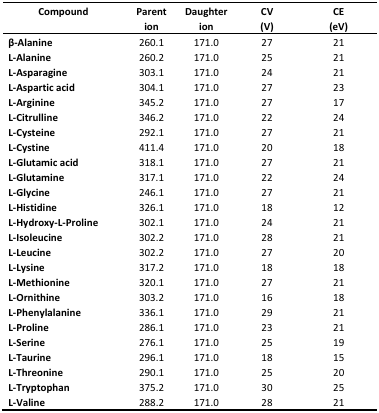
<table><thead><tr><td><b>Compound </b></td><td><b>Parent ion</b></td><td><b>Daughter ion</b></td><td><b>CV (V)</b></td><td><b>CE (eV)</b></td></tr></thead><tbody><tr><td><b>β-Alanine</b></td><td>260.1</td><td>171.0</td><td>27</td><td>21</td></tr><tr><td><b>L-Alanine</b></td><td>260.2</td><td>171.0</td><td>25</td><td>21</td></tr><tr><td><b>L-Asparagine</b></td><td>303.1</td><td>171.0</td><td>24</td><td>21</td></tr><tr><td><b>L-Aspartic acid</b></td><td>304.1</td><td>171.0</td><td>27</td><td>23</td></tr><tr><td><b>L-Arginine</b></td><td>345.2</td><td>171.0</td><td>27</td><td>17</td></tr><tr><td><b>L-Citrulline</b></td><td>346.2</td><td>171.0</td><td>22</td><td>24</td></tr><tr><td><b>L-Cysteine</b></td><td>292.1</td><td>171.0</td><td>27</td><td>21</td></tr><tr><td><b>L-Cystine</b></td><td>411.4</td><td>171.0</td><td>20</td><td>18</td></tr><tr><td><b>L-Glutamic acid</b></td><td>318.1</td><td>171.0</td><td>27</td><td>21</td></tr><tr><td><b>L-Glutamine</b></td><td>317.1</td><td>171.0</td><td>22</td><td>24</td></tr><tr><td><b>L-Glycine</b></td><td>246.1</td><td>171.0</td><td>27</td><td>21</td></tr><tr><td><b>L-Histidine</b></td><td>326.1</td><td>171.0</td><td>18</td><td>12</td></tr><tr><td><b>L-Hydroxy-L-Proline</b></td><td>302.1</td><td>171.0</td><td>24</td><td>21</td></tr><tr><td><b>L-Isoleucine</b></td><td>302.2</td><td>171.0</td><td>28</td><td>21</td></tr><tr><td><b>L-Leucine</b></td><td>302.2</td><td>171.0</td><td>27</td><td>20</td></tr><tr><td><b>L-Lysine</b></td><td>317.2</td><td>171.0</td><td>18</td><td>18</td></tr><tr><td><b>L-Methionine</b></td><td>320.1</td><td>171.0</td><td>27</td><td>21</td></tr><tr><td><b>L-Ornithine</b></td><td>303.2</td><td>171.0</td><td>16</td><td>18</td></tr><tr><td><b>L-Phenylalanine</b></td><td>336.1</td><td>171.0</td><td>29</td><td>21</td></tr><tr><td><b>L-Proline</b></td><td>286.1</td><td>171.0</td><td>23</td><td>21</td></tr><tr><td><b>L-Serine</b></td><td>276.1</td><td>171.0</td><td>25</td><td>19</td></tr><tr><td><b>L-Taurine</b></td><td>296.1</td><td>171.0</td><td>18</td><td>15</td></tr><tr><td><b>L-Threonine</b></td><td>290.1</td><td>171.0</td><td>25</td><td>20</td></tr><tr><td><b>L-Tryptophan</b></td><td>375.2</td><td>171.0</td><td>30</td><td>25</td></tr><tr><td><b>L-Valine</b></td><td>288.2</td><td>171.0</td><td>28</td><td>21</td></tr></tbody></table>